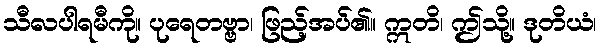
သီလပါရမီကို။ ပုရေတဗ္ဗာ၊ ဖြည့်အပ်၏။ ဣတိ၊ ဤသို့။ ဒုတိယံ၊